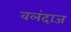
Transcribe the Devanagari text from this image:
वलंदाज